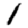
Digit: 1